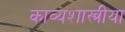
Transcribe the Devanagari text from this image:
काव्यशास्त्रीया